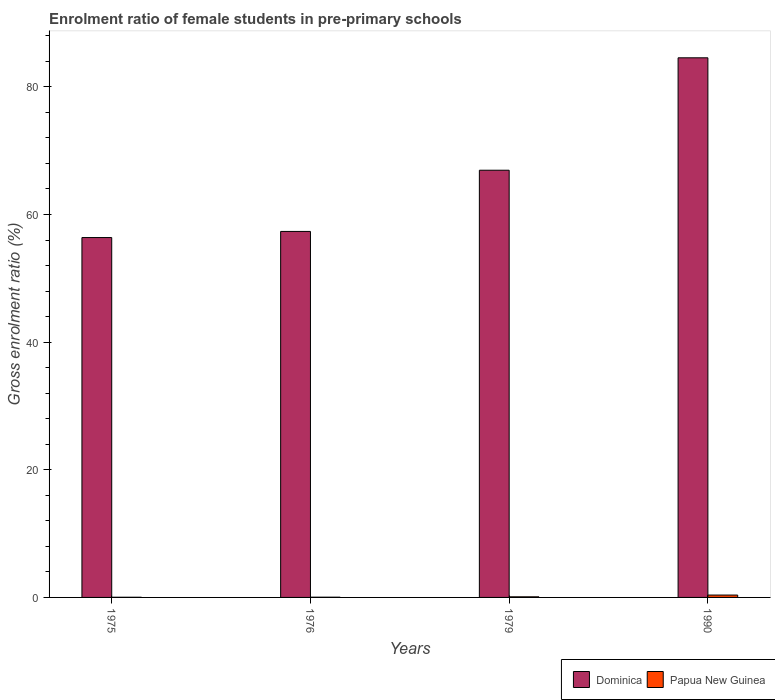
| Years | Dominica | Papua New Guinea |
 | --- | --- | --- |
 | 1975 | 56.4 | 0.0254 |
 | 1976 | 57.3 | 0.0369 |
 | 1979 | 66.9 | 0.0955 |
 | 1990 | 84.5 | 0.372 |